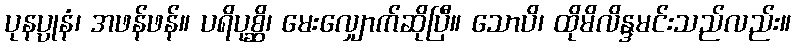
ပုနပ္ပုနံ၊ အဖန်ဖန်။ ပရိပုစ္ဆိ၊ မေးလျှောက်ဆိုပြီ။ သောပိ၊ ထိုမိလိန္ဒမင်းသည်လည်း။